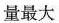
量最大